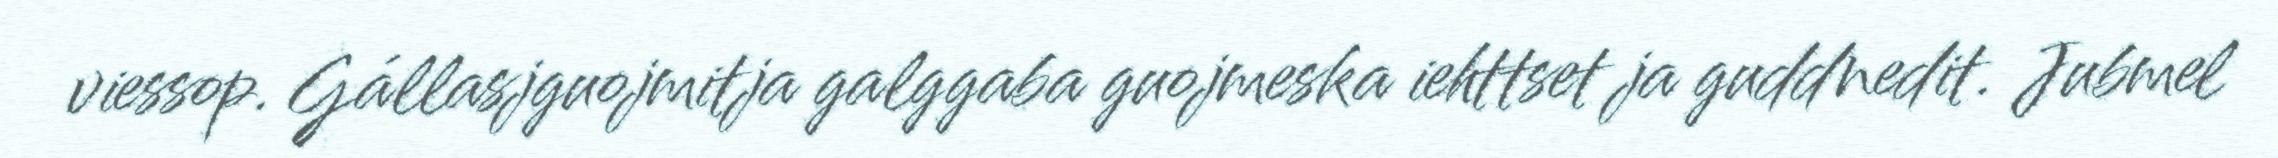
viessop. Gállasjguojmitja galggaba guojmeska iehttset ja guddnedit. Jubmel